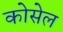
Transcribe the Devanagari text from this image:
कोसेल